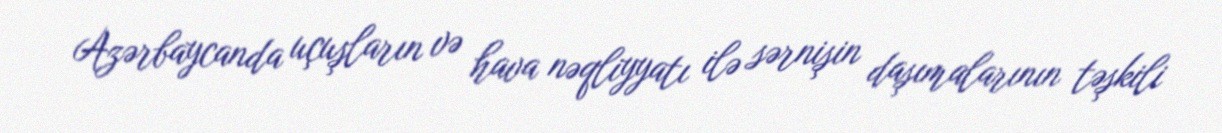
Azərbaycanda uçuşların və hava nəqliyyatı ilə sərnişin daşımalarının təşkili